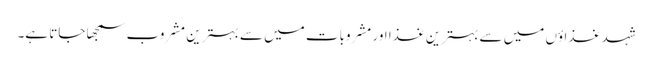
شہد غذاؤں میں سے بہترین غذا اور مشروبات میں سے بہترین مشروب سمجھا جاتا ہے۔